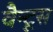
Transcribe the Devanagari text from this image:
वैन्टूस